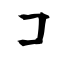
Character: コ